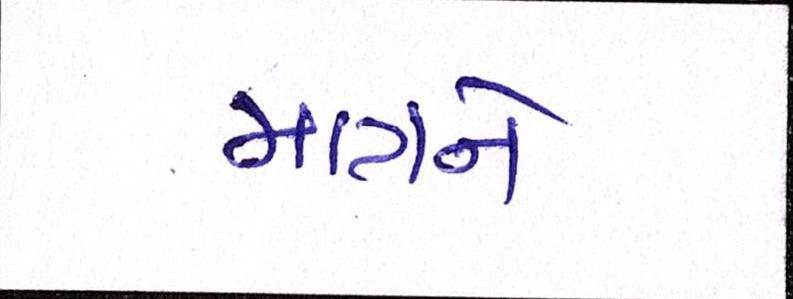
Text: માત્રને